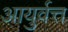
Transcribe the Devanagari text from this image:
आयुर्वत्त